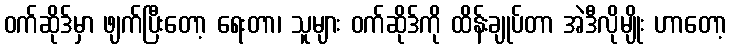
ဝက်ဆိုဒ်မှာ ဖျက်ပြီးတော့ ရေးတာ၊ သူများ ဝက်ဆိုဒ်ကို ထိန်းချုပ်တာ အဲဒီလိုမျိုး ဟာတော့